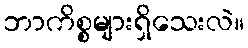
ဘာကိစ္စများရှိသေးလဲ။